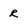
Character: r